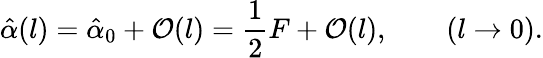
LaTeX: \hat{\alpha}(l)=\hat{\alpha}_{0}+{\cal O}(l)={\frac{1}{2}}F+{\cal O}(l),\qquad(l\to 0).